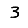
Digit: 3